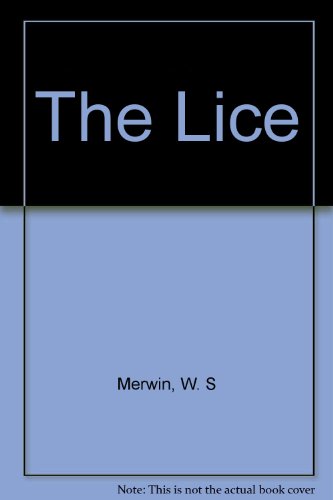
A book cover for The Lice; W. S Merwin; Health, Fitness & Dieting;